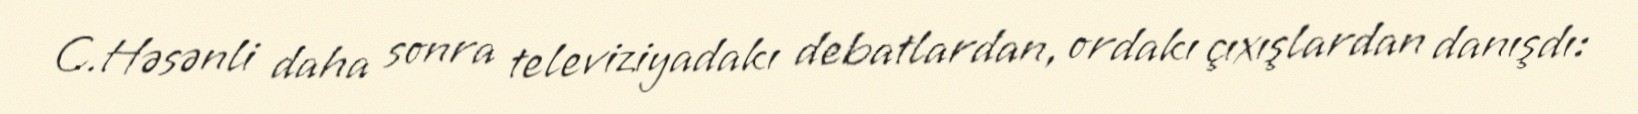
C.Həsənli daha sonra televiziyadakı debatlardan, ordakı çıxışlardan danışdı: